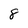
Character: 8